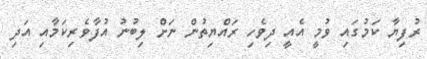
ރުފިޔާ ކަމުގައި ވުމީ އެއީ ދިވެހި ރައްޔިތުން ނަށް ލިބުނު އުފާވެރިކަމާއި އަދި